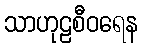
သာဟုဠစီဝရေန